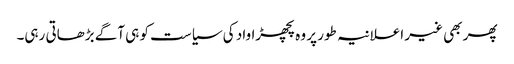
پھر بھی غیر اعلانیہ طور پر وہ پچھڑاواد کی سیاست کو ہی آگے بڑھاتی رہی۔